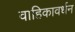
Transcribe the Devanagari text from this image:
वाहिकावर्धन